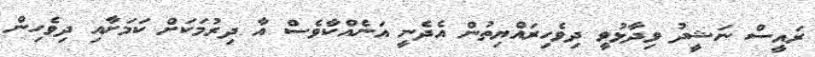
ރައީސް ނަޝީދު ވިދާޅުވީ ދިވެހިރައްޔިތުން އެދެނީ އަނެއްކާވެސް އާ ދިރުމަކަށް ކަމަށާއި ދިވެހިން